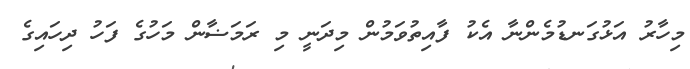
މިހާރު އަޅުގަނޑުމެންނާ އެކު ފާއިތުވަމުން މިދަނީ މި ރަމަޟާން މަހުގެ ފަހު ދިހައިގެ